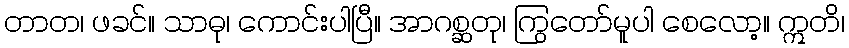
တာတ၊ ဖခင်။ သာဓု၊ ကောင်းပါပြီ။ အာဂစ္ဆတု၊ ကြွတော်မူပါ စေလော့။ ဣတိ၊